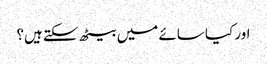
اور کیا سائے میں بیٹھ سکتے ہیں؟